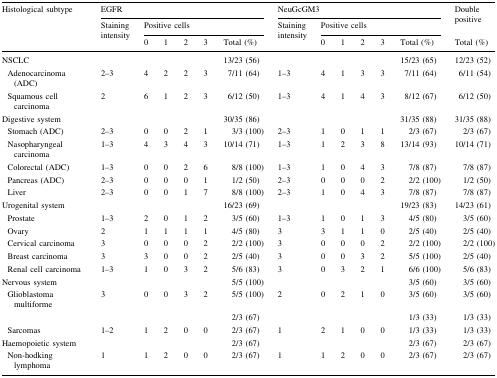
<table><thead><tr><td rowspan="3"><b>Histological subtype</b></td><td colspan="6"><b>EGFR</b></td><td colspan="6"><b>NeuGcGM3</b></td><td rowspan="2"><b>Double positive</b></td></tr><tr><td rowspan="2"><b>Staining intensity</b></td><td colspan="5"><b>Positive cells</b></td><td rowspan="2"><b>Staining intensity</b></td><td colspan="5"><b>Positive cells</b></td></tr><tr><td><b>0</b></td><td><b>1</b></td><td><b>2</b></td><td><b>3</b></td><td><b>Total (%)</b></td><td><b>0</b></td><td><b>1</b></td><td><b>2</b></td><td><b>3</b></td><td><b>Total (%)</b></td><td><b>Total (%)</b></td></tr></thead><tbody><tr><td>NSCLC</td><td></td><td></td><td></td><td></td><td></td><td>13/23 (56)</td><td></td><td></td><td></td><td></td><td></td><td>15/23 (65)</td><td>12/23 (52)</td></tr><tr><td> Adenocarcinoma (ADC)</td><td>2–3</td><td>4</td><td>2</td><td>2</td><td>3</td><td>7/11 (64)</td><td>1–3</td><td>4</td><td>1</td><td>3</td><td>3</td><td>7/11 (64)</td><td>6/11 (54)</td></tr><tr><td> Squamous cell carcinoma</td><td>2</td><td>6</td><td>1</td><td>2</td><td>3</td><td>6/12 (50)</td><td>1–3</td><td>4</td><td>1</td><td>4</td><td>3</td><td>8/12 (67)</td><td>6/12 (50)</td></tr><tr><td>Digestive system</td><td></td><td></td><td></td><td></td><td></td><td>30/35 (86)</td><td></td><td></td><td></td><td></td><td></td><td>31/35 (88)</td><td>31/35 (88)</td></tr><tr><td> Stomach (ADC)</td><td>2–3</td><td>0</td><td>0</td><td>2</td><td>1</td><td>3/3 (100)</td><td>2–3</td><td>1</td><td>0</td><td>1</td><td>1</td><td>2/3 (67)</td><td>2/3 (67)</td></tr><tr><td> Nasopharyngeal carcinoma</td><td>1–3</td><td>4</td><td>3</td><td>4</td><td>3</td><td>10/14 (71)</td><td>1–3</td><td>1</td><td>2</td><td>3</td><td>8</td><td>13/14 (93)</td><td>10/14 (71)</td></tr><tr><td> Colorectal (ADC)</td><td>1–3</td><td>0</td><td>0</td><td>2</td><td>6</td><td>8/8 (100)</td><td>1–3</td><td>1</td><td>0</td><td>4</td><td>3</td><td>7/8 (87)</td><td>7/8 (87)</td></tr><tr><td> Pancreas (ADC)</td><td>2–3</td><td>0</td><td>0</td><td>0</td><td>1</td><td>1/2 (50)</td><td>2–3</td><td>0</td><td>0</td><td>0</td><td>2</td><td>2/2 (100)</td><td>1/2 (50)</td></tr><tr><td> Liver</td><td>2–3</td><td>0</td><td>0</td><td>1</td><td>7</td><td>8/8 (100)</td><td>2–3</td><td>1</td><td>0</td><td>4</td><td>3</td><td>7/8 (87)</td><td>7/8 (87)</td></tr><tr><td>Urogenital system</td><td></td><td></td><td></td><td></td><td></td><td>16/23 (69)</td><td></td><td></td><td></td><td></td><td></td><td>19/23 (83)</td><td>14/23 (61)</td></tr><tr><td> Prostate</td><td>1–3</td><td>2</td><td>0</td><td>1</td><td>2</td><td>3/5 (60)</td><td>1–3</td><td>1</td><td>0</td><td>1</td><td>3</td><td>4/5 (80)</td><td>3/5 (60)</td></tr><tr><td> Ovary</td><td>2</td><td>1</td><td>1</td><td>1</td><td>1</td><td>4/5 (80)</td><td>3</td><td>3</td><td>1</td><td>1</td><td>0</td><td>2/5 (40)</td><td>2/5 (40)</td></tr><tr><td> Cervical carcinoma</td><td>3</td><td>0</td><td>0</td><td>0</td><td>2</td><td>2/2 (100)</td><td>3</td><td>0</td><td>0</td><td>0</td><td>2</td><td>2/2 (100)</td><td>2/2 (100)</td></tr><tr><td> Breast carcinoma</td><td>3</td><td>3</td><td>0</td><td>0</td><td>2</td><td>2/5 (40)</td><td>3</td><td>0</td><td>0</td><td>3</td><td>2</td><td>5/5 (100)</td><td>2/5 (40)</td></tr><tr><td> Renal cell carcinoma</td><td>1–3</td><td>1</td><td>0</td><td>3</td><td>2</td><td>5/6 (83)</td><td>3</td><td>0</td><td>3</td><td>2</td><td>1</td><td>6/6 (100)</td><td>5/6 (83)</td></tr><tr><td>Nervous system</td><td></td><td></td><td></td><td></td><td></td><td>5/5 (100)</td><td></td><td></td><td></td><td></td><td></td><td>3/5 (60)</td><td>3/5 (60)</td></tr><tr><td> Glioblastoma multiforme</td><td>3</td><td>0</td><td>0</td><td>3</td><td>2</td><td>5/5 (100)</td><td>2</td><td>0</td><td>2</td><td>1</td><td>0</td><td>3/5 (60)</td><td>3/5 (60)</td></tr><tr><td></td><td></td><td></td><td></td><td></td><td></td><td>2/3 (67)</td><td></td><td></td><td></td><td></td><td></td><td>1/3 (33)</td><td>1/3 (33)</td></tr><tr><td> Sarcomas</td><td>1–2</td><td>1</td><td>2</td><td>0</td><td>0</td><td>2/3 (67)</td><td>1</td><td>2</td><td>1</td><td>0</td><td>0</td><td>1/3 (33)</td><td>1/3 (33)</td></tr><tr><td>Haemopoietic system</td><td></td><td></td><td></td><td></td><td></td><td>2/3 (67)</td><td></td><td></td><td></td><td></td><td></td><td>2/3 (67)</td><td>2/3 (67)</td></tr><tr><td> Non-hodking lymphoma</td><td>1</td><td>1</td><td>2</td><td>0</td><td>0</td><td>2/3 (67)</td><td>1</td><td>1</td><td>2</td><td>0</td><td>0</td><td>2/3 (67)</td><td>2/3 (67)</td></tr></tbody></table>